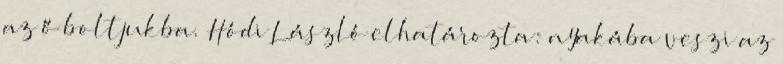
az ő boltjukba. Hódi László elhatározta: nyakába veszi az